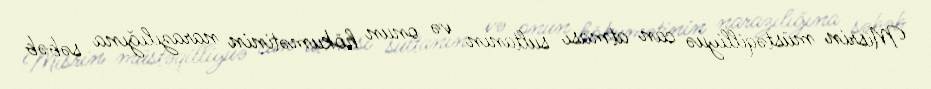
Misrin müstəqilliyuə can atması sultanın və onun hökumətinin narazılığına səbəb